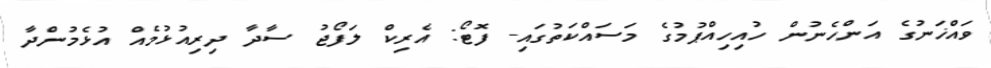
ވައްޚަނުގެ އަންހެނުން ހުއިހިއްޕުމުގެ މަސައްކަތުގައި- ފޮޓޯ: އެރިކް ލަފޯޖު ސާދާ ދިރިއުޅުމެއް އުޅެމުންދާ